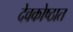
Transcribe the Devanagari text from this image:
देवकोष्ठात